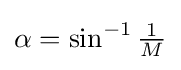
\alpha =\sin ^{-1}{\tfrac {1}{M}}